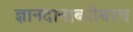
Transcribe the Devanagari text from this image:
ज्ञानदानाबरोबरच